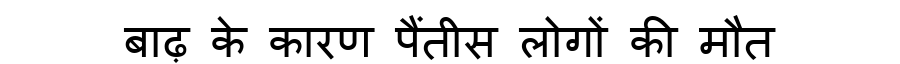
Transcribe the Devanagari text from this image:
बाढ़ के कारण पैंतीस लोगों की मौत